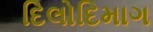
દિલોદિમાગ